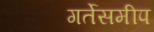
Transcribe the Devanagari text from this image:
गर्तेसमीप